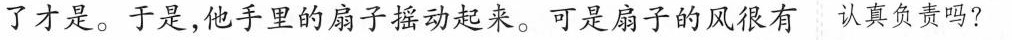
了才是。于是，他手里的扇子摇动起来。可是扇子的风很有认真负责吗?